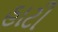
હાટી